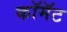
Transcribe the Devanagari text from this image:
कॉमॅट